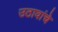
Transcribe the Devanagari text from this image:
उठावांचे